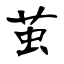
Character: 茧